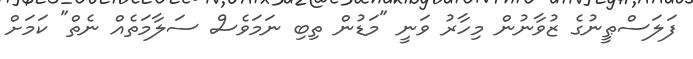
ފަލަސްޠީނުގެ ޒުވާނުން މިހާރު ވަނީ "މަޑުން ތިބި ނަމަވެސް ސަލާމަތެއް ނެތް" ކަމަށް